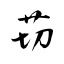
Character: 苆